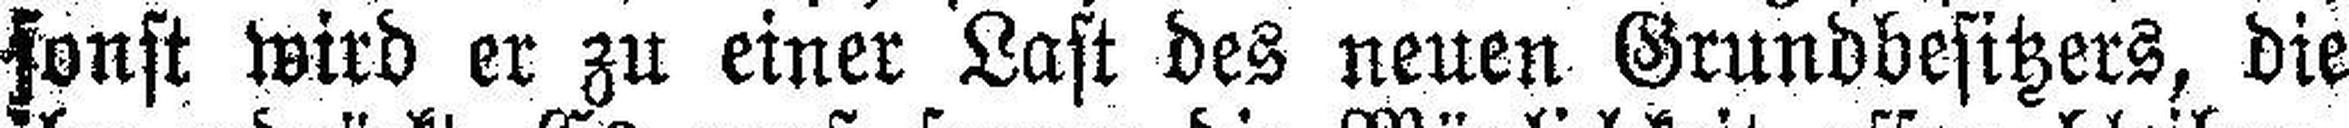
sonst wird er zu einer Last des neuen Grundbesitzers, die